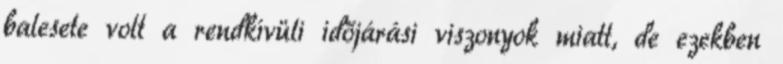
balesete volt a rendkívüli időjárási viszonyok miatt, de ezekben